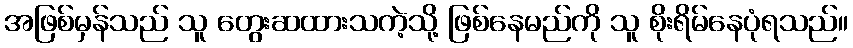
အဖြစ်မှန်သည် သူ တွေးဆထားသကဲ့သို့ ဖြစ်နေမည်ကို သူ စိုးရိမ်နေပုံရသည်။